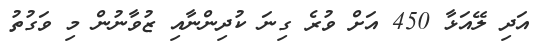
އަދި ލޭއަޅާ 450 އަށް ވުރެ ގިނަ ކުދިންނާއި ޒުވާނުން މި ވަގުތު